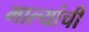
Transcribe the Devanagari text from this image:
भाल्यांची